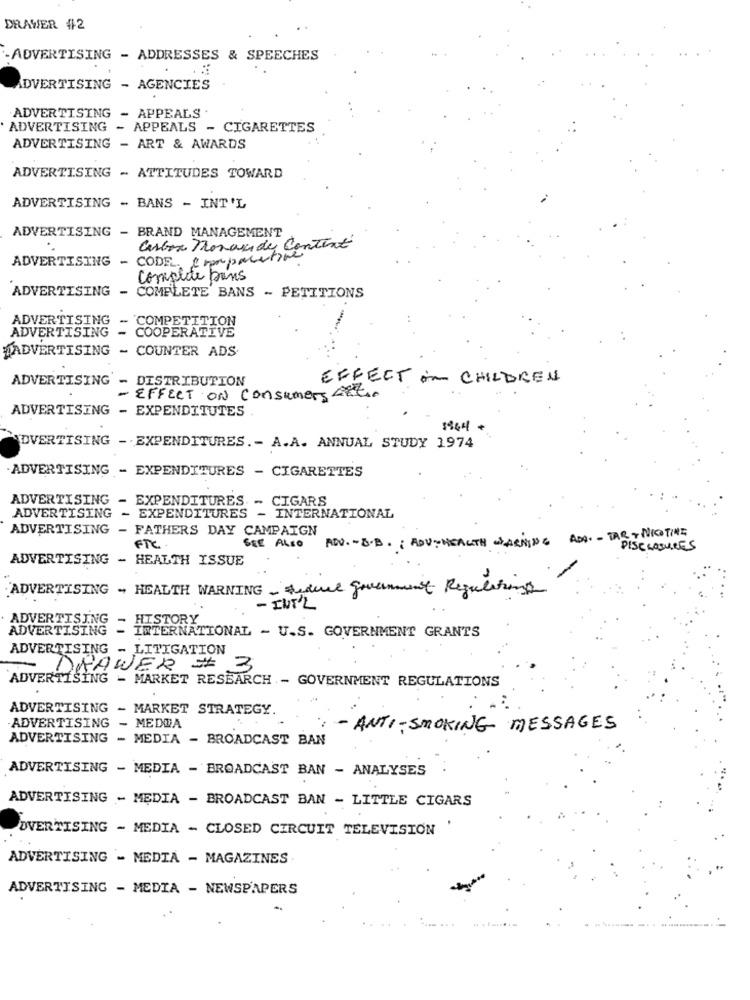
DRAWER #2
- ADVERTISING - ADDRESSES & SPEECHES
ADVERTISING - AGENCIES
ADVERTISING - APPEALS .
ADVERTISING - APPEALS - CIGARETTES
ADVERTISING - ART & AWARDS
ADVERTISING - ATTITUDES TOWARD
ADVERTISING - BANS - INT'L
ADVERTISING - BRAND MANAGEMENT
Carbon Moraside Content
ADVERTISING -
CODE. Crampocative
complete bons
ADVERTISING - COMPLETE BANS - PETITIONS
ADVERTISING
COMPETITION
ADVERTISING
- COOPERATIVE
#ADVERTISING - COUNTER ADS
ADVERTISING - DISTRIBUTION
EFFECT in CHILDREN
- EFFECT ON consumers Et.
ADVERTISING - EXPENDITUTES
1964 +
DVERTISING - EXPENDITURES .- A.A. ANNUAL STUDY 1974
ADVERTISING - EXPENDITURES - CIGARETTES
ADVERTISING - EXPENDITURES ..
- CIGARS
ADVERTISING - EXPENDITURES - INTERNATIONAL
ADVERTISING - FATHERS DAY CAMPAIGN
ADV. - D. B. : ADUNHEALTH WARNING ADD - TAR - NICOTINE
FTC.
SEE ALSO
DISCLOSURES
ADVERTISING - HEALTH ISSUE
ADVERTISING - HEALTH WARNING - Federe government Regulations
- INT'L
ADVERTISING
. HISTORY
ADVERTISING - INTERNATIONAL - U.S. GOVERNMENT GRANTS
ADVERTISING
- LITIGATION
DRAWER # 3
ADVERTISING - MARKET RESEARCH - GOVERNMENT REGULATIONS
ADVERTISING - MARKET STRATEGY.
-ADVERTISING - MEDDA
- ANTI-SMOKING MESSAGES
ADVERTISING - MEDIA - BROADCAST BAN
ADVERTISING - MEDIA - BROADCAST BAN - ANALYSES
ADVERTISING - MEDIA - BROADCAST BAN - LITTLE CIGARS
DVERTISING - MEDIA - CLOSED CIRCUIT TELEVISION
ADVERTISING - MEDIA - MAGAZINES
ADVERTISING - MEDIA - NEWSPAPERS